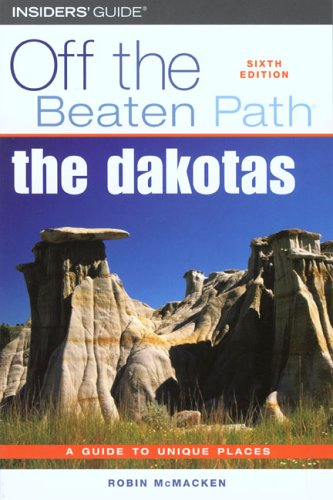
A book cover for The Dakotas Off the Beaten Path, 6th (Off the Beaten Path Series); Robin McMacken; Travel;